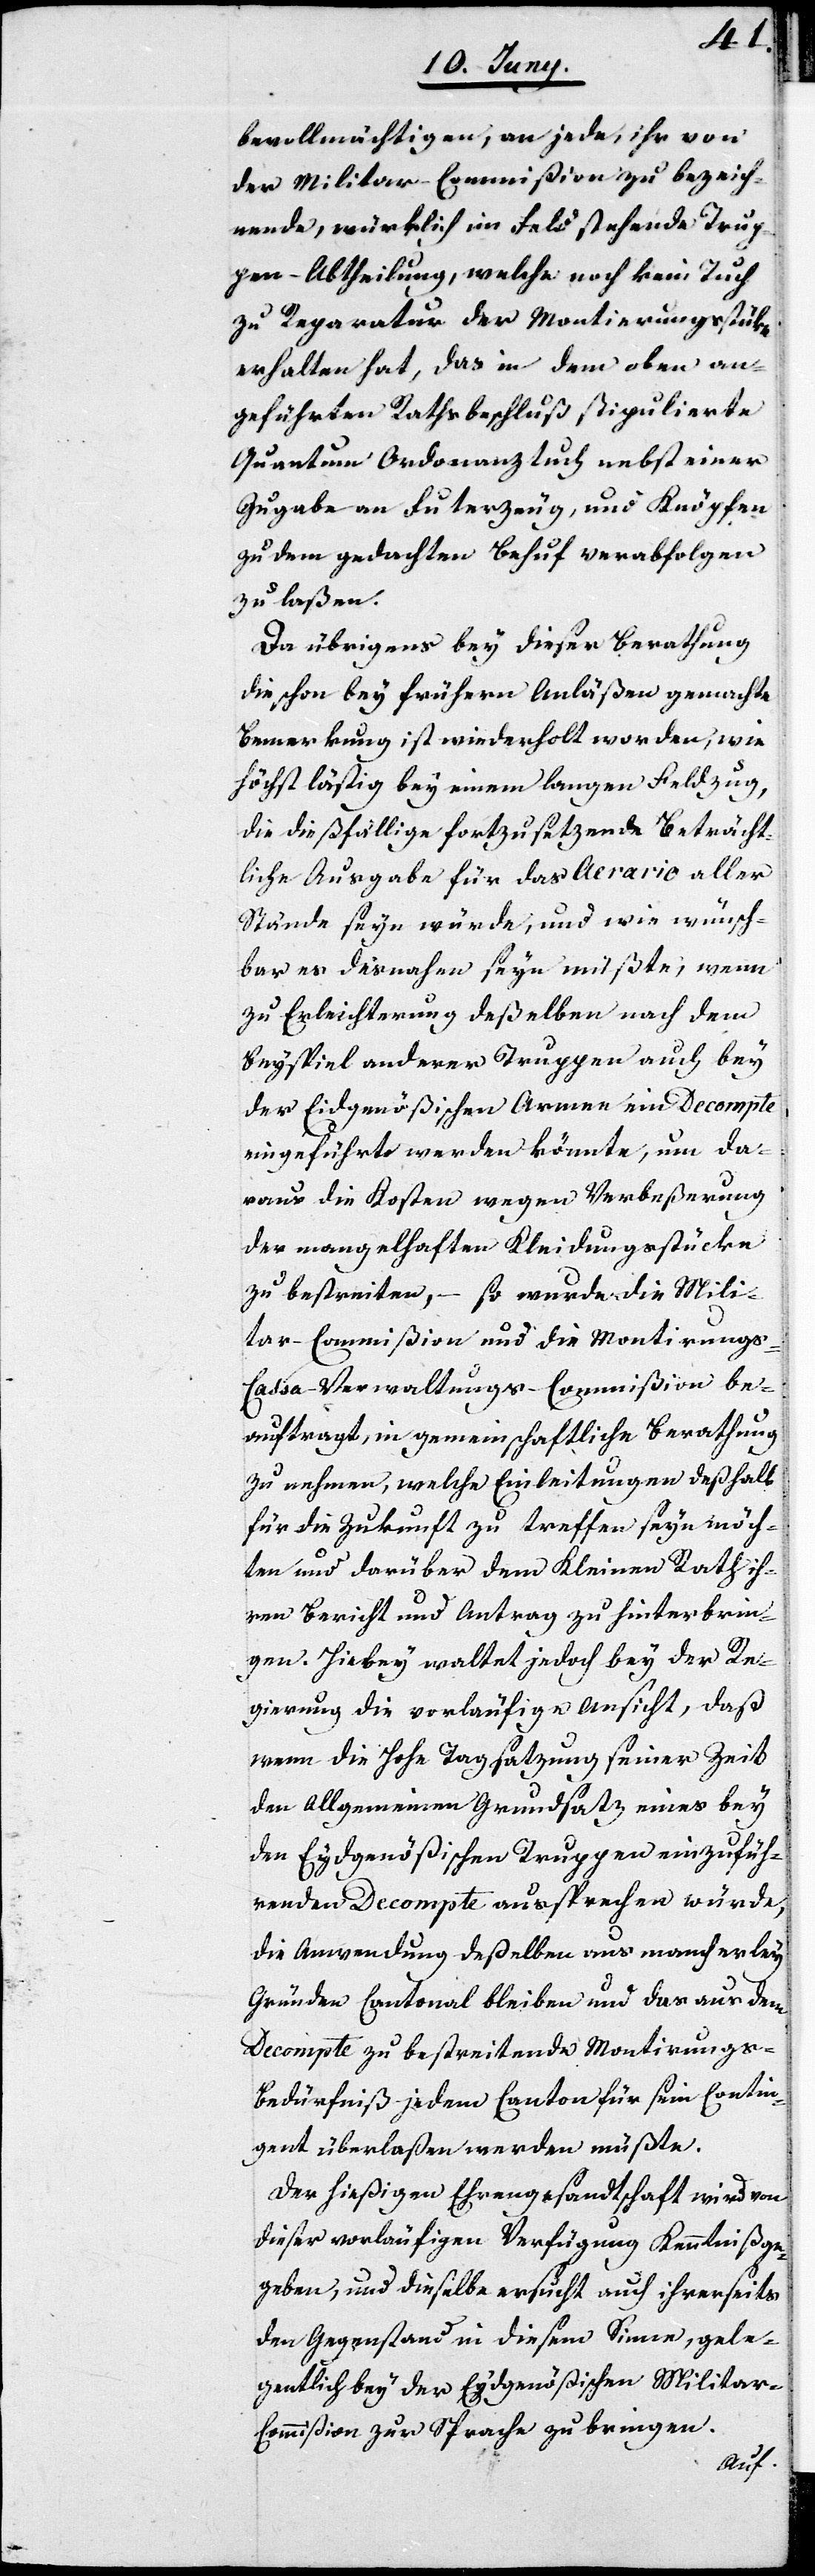
bevollmächtigen, an jede, ihr von
der Militar-Commißion zu bezeich¬
nende, würklich im Feld stehende Trup¬
pen-Abtheilung, welche noch kein Tuch
zu Reparatur der Montierungsstüke
erhalten hat, das in dem oben an¬
geführten Rathsbeschluß stipulierte
Quantum Ordonanztuch nebst einer
Zugabe von Futerzeug, und Knöpfen
zu dem gedachten Behuf verabfolgen
zu laßen.
Da übrigens bey dieser Berathung
die schon bey frühern Anläßen gemachte
Bemerkung ist wiederholt worden, wie
höchst lästig bey einem langen Feldzug,
die dießfällige fortzusetzende Beträcht¬
liche Ausgabe für das Aerario aller
Stände seyn würde, und wie wünsch¬
bar es desnahen seyn müßte, wenn
zu Erleichterung deßelben nach dem
Beyspiel anderer Truppen auch bey
der Eidgenößischen Armee ein Decompte
eingeführt werden könnte, um da¬
raus die Kosten wegen Verbeßerung
der mangelhaften Kleidungsstücke
zu bestreiten, – so wurde die Mili¬
tar-Commißion und die Montierungs-C¬
assa-Verwaltungs-Commißion be¬
auftragt, in gemeinschaftliche Berathung
zu nehmen, welche Einleitungen deßhalb
für die Zukunft zu treffen seyn möch¬
ten und darüber dem Kleinen Rath ih¬
ren Bericht und Antrag zu hinterbrin¬
gen. Hiebey waltet jedoch bey der Re¬
gierung die vorläufige Ansicht, daß
wenn die Hohe Tagsatzung seiner Zeit
den allgemeinen Grundsatz eines bey
den Eydgenößischen Truppen einzufüh¬
renden Decompte aussprechen würde,
die Anwendung deßelben aus mancherley
Gründen Cantonal bleiben und das aus dem
Decompte zu bestreitende Montierungs-B¬
edürfniß jedem Canton für sein Contin¬
gent überlaßen werden müßte.
Der hießigen Ehrengesandtschaft wird von
dieser vorläufigen Verfügung Kenntniß ge¬
geben, und dieselbe ersucht, auch ihrerseits
den Gegenstand in diesem Sinne, gele¬
gentlich bey der Eydgenößischen Militar-C¬
ommißion zur Sprache zu bringen.